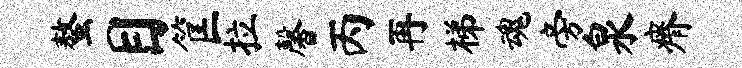
螯目筐拉馨丙再梯魂旁泉瘠